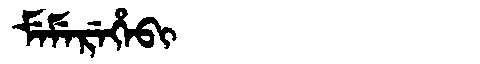
Manchu: ᠮᡝᠮᡝᡵᡝᡥᡝᠪᡳ
Romanization: MEMEREHEBI